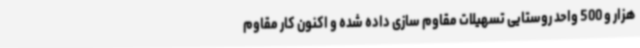
هزار و 500 واحد روستایی تسهیلات مقاوم سازی داده شده و اکنون کار مقاوم